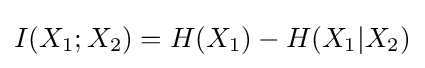
I(X_{1};X_{2})=H(X_{1})-H(X_{1}|X_{2})